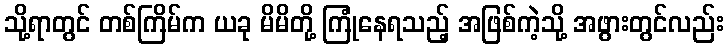
သို့ရာတွင် တစ်ကြိမ်က ယခု မိမိတို့ ကြုံနေရသည့် အဖြစ်ကဲ့သို့ အဖွားတွင်လည်း